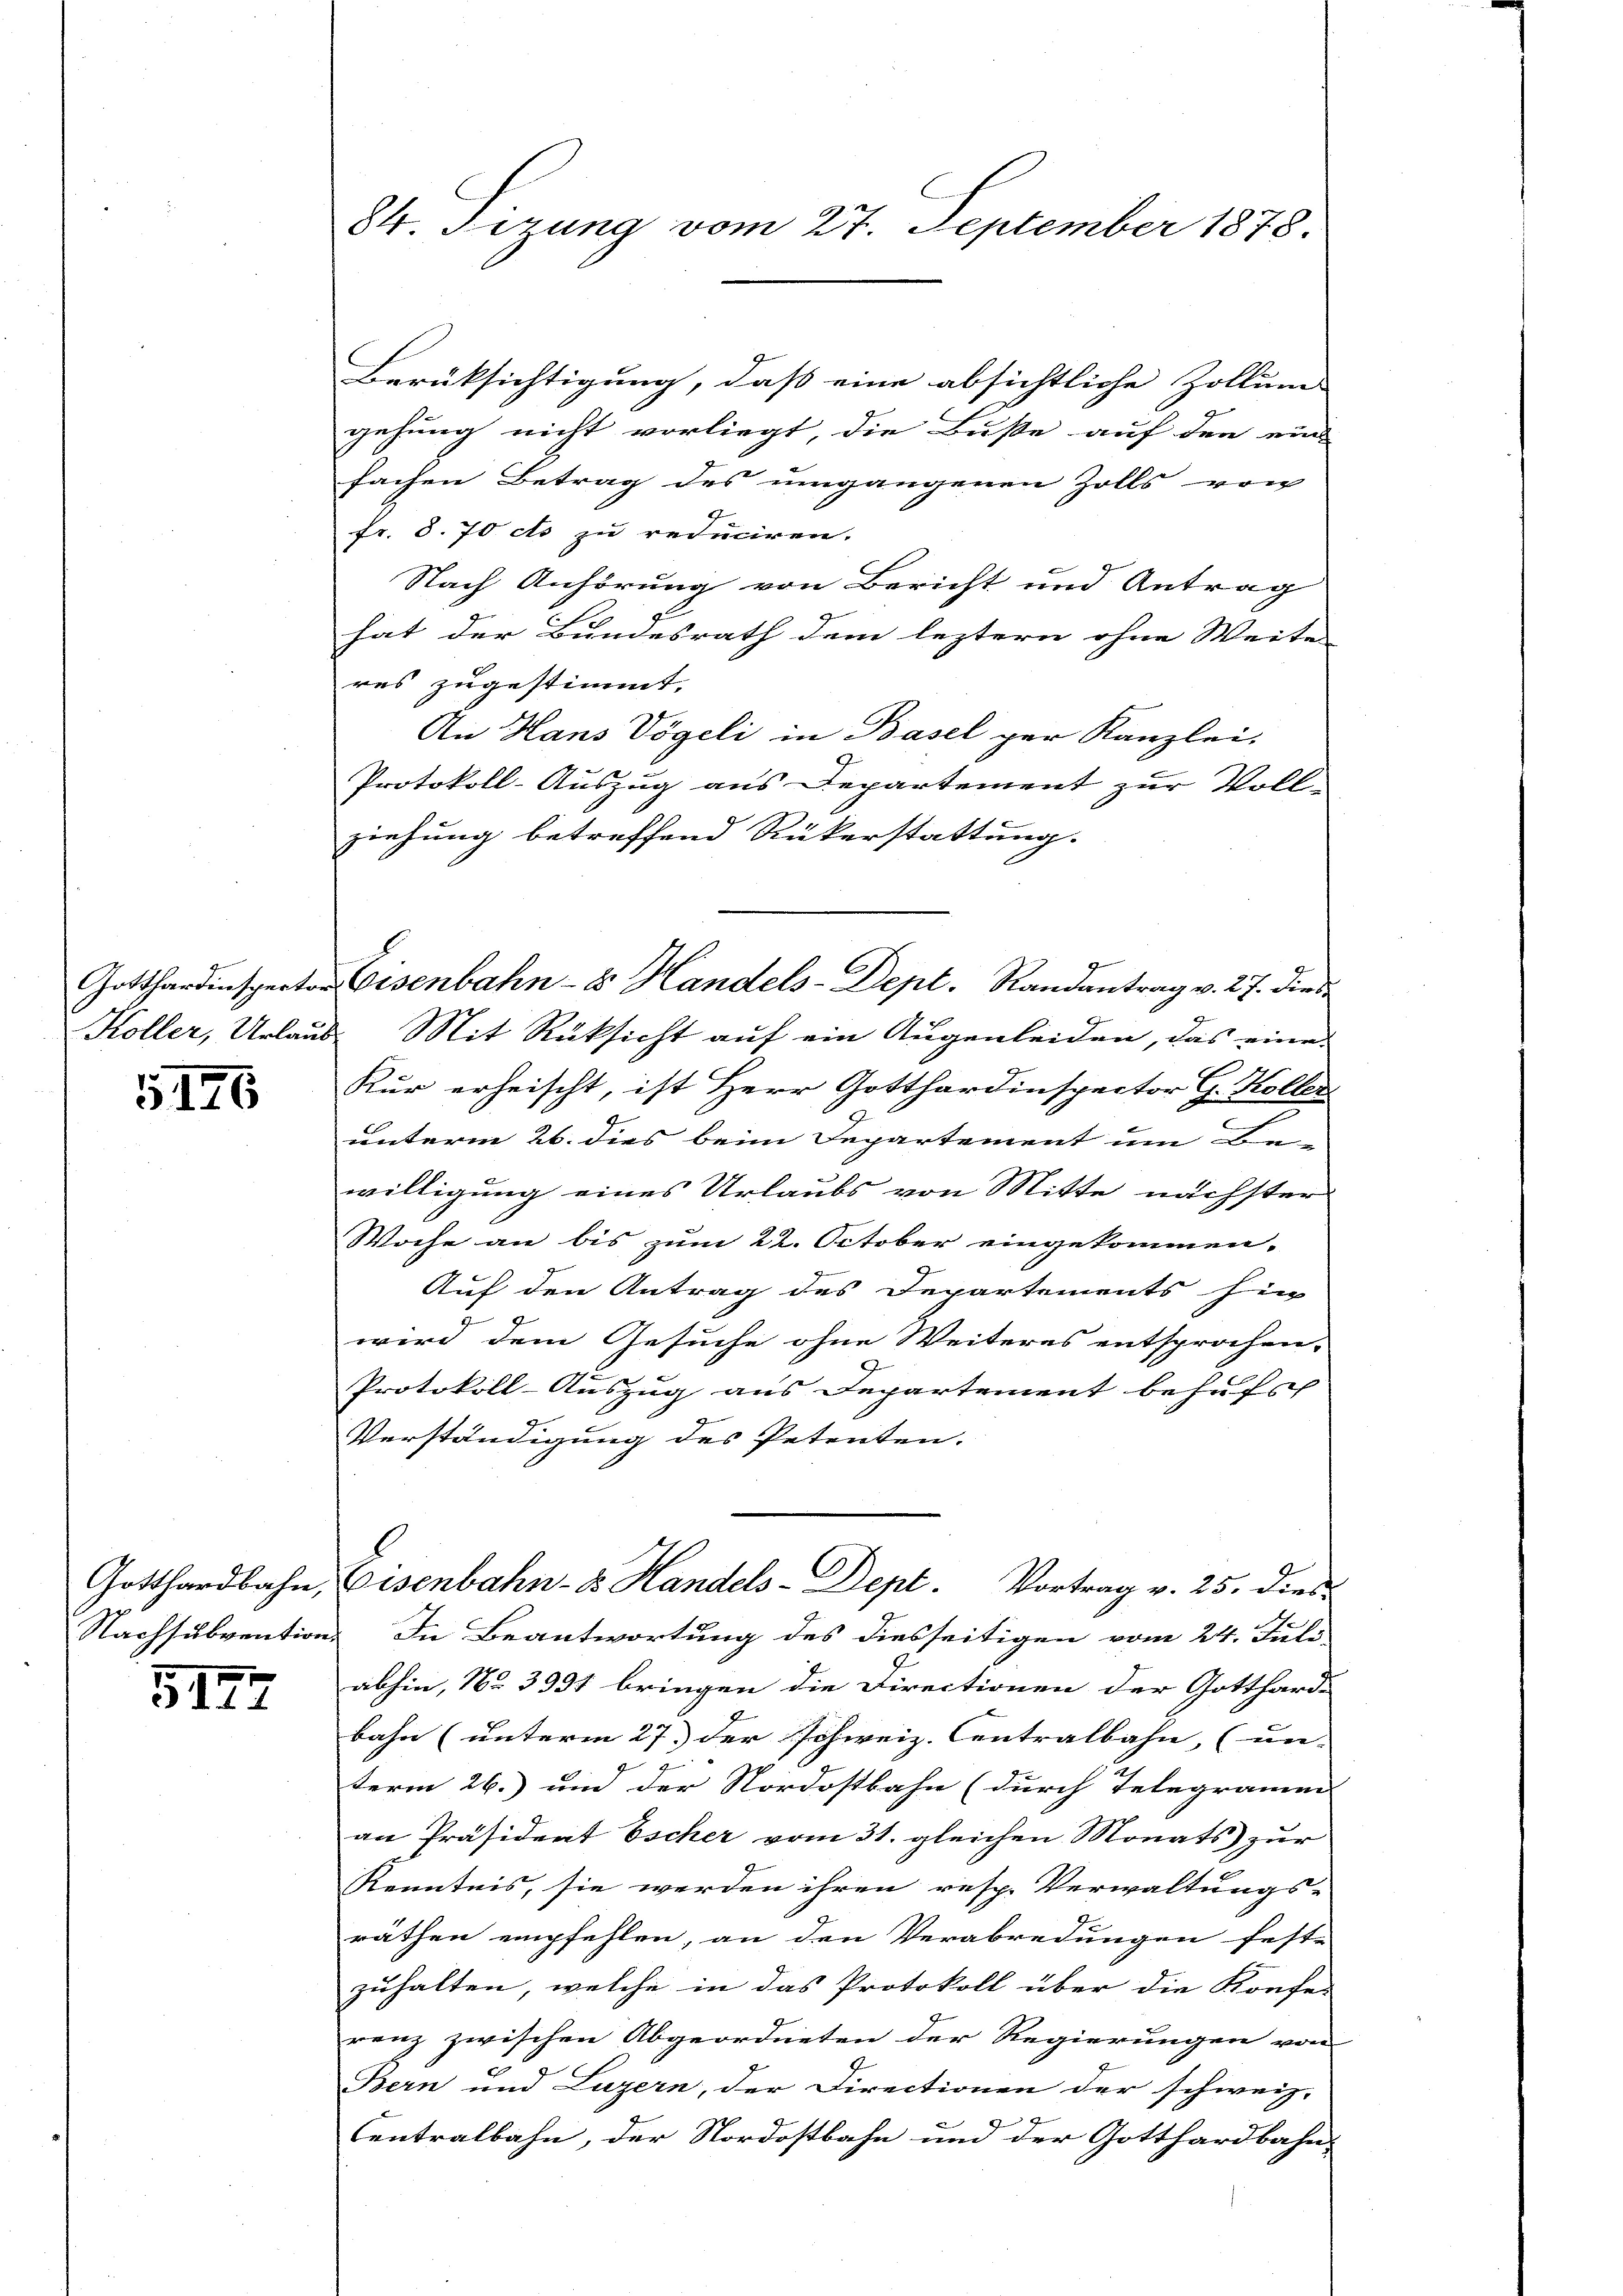
5176

Nachsubvention
.

5172

84. Sizung vom 27. September 1878.

Berüksichtigung, dass eine absichtliche Zollums- |
gehung nicht vorliegt, die Buße auf den ein
fachen Betrag des umgangenen Zolls von
fr. 8. 70 cts zu reduciren.
Nach Anhörung von Bericht und Antrag
hat der Bundesrath dem leztern ohne Weite
res zugestimmt.
An Hans Vögeli in Basel per Kanzlei,
Protokoll-Auszug aus Departement zur Voll-
ziehung betreffend Rückerstattung.
Koller, Urlaub. Mit Rücksicht auf ein Augenleiden, das eine
Kur erheischt, ist Herr Gotthardinspector G. Koller
unterm 26. dies beim Departement um Be- |
willigung eines Urlaubs von Mitte nächster
Woche an bis zum 22. October eingekommen.
Auf den Antrag des Departements hin
wird dem Gesuche ohne Weiteres entsprochen.
Protokoll-Auszug aus Departement behufs
Verständigung des Petenten.
Gotthardbahn, Eisenbahn- 8. Handels-Dept. Vortrag v. 25. dies
In Beantwortung des diesseitigen vom 24. Juli,
abhin, No 3931 bringen die Directionen der Gotthard-
bahn (unterm 27.) Der Schweiz. Contralbahn, (un- |
term 26.) und der Nordostbahn (durch Telegramm
an Präsident Escher vom 31. gleichen Monats zŭr
Kenntnis, sie werden ihren resp. Verwaltungs-
räthen empfehlen, an den Verabredungen feste
zuhalten, welche in das Protokoll über die Konfe-
renz zwischen Abgeordneten der Regierungen von
Bern und Luzern, der Directionen der schweiz.
4
Centralbahn, der Nordostbahn und der Gotthardbahn-

Gotthardinspertor Eisenbahn-8 Handels-Dept. Randantrag v. 27. dies